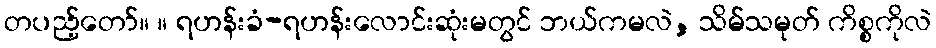
တပည့်တော်။ ။ ရဟန်းခံ-ရဟန်းလောင်းဆုံးမတွင် ဘယ်ကမလဲ, သိမ်သမုတ် ကိစ္စကိုလဲ